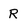
Character: R